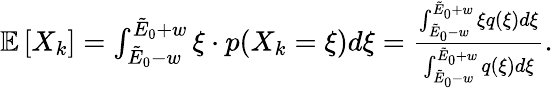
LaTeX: \begin{array}{r}{\mathbb{E}\left[X_{k}\right]=\int_{\tilde{E}_{0}-w}^{\tilde{E}_{0}+w}\xi\cdot p(X_{k}=\xi)d\xi=\frac{\int_{\tilde{E}_{0}-w}^{\tilde{E}_{0}+w}\xi q(\xi)d\xi}{\int_{\tilde{E}_{0}-w}^{\tilde{E}_{0}+w}q(\xi)d\xi}.}\end{array}